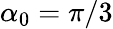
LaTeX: \alpha_{0}=\pi/3